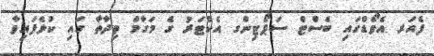
ފެއަރ އެވޯޑްގައި ބެސްޓް ސަޕޯޓިންގ އެކްޓަރު ގެ މަގާމް ވިދާތާ ގައި ކުޅެފައިވާ